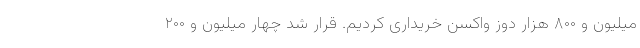
میلیون و ۸۰۰ هزار دوز واکسن خریداری کردیم. قرار شد چهار میلیون و ۲۰۰